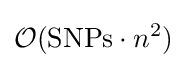
{\mathcal {O}}({\text{SNPs}}\cdot n^{2})